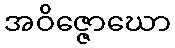
အဝိဇ္ဇောဃော